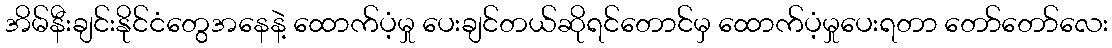
အိမ်နီးချင်းနိုင်ငံတွေအနေနဲ့ ထောက်ပံ့မှု ပေးချင်တယ်ဆိုရင်တောင်မှ ထောက်ပံ့မှုပေးရတာ တော်တော်လေး